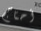
أحتاج